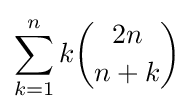
\sum _{k=1}^{n}k{2n \choose n+k}